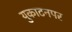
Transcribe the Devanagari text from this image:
युकाटनपर